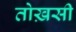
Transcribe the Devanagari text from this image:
तोख़सी